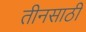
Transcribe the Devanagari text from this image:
तीनसाठी